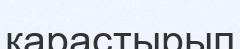
карастырып